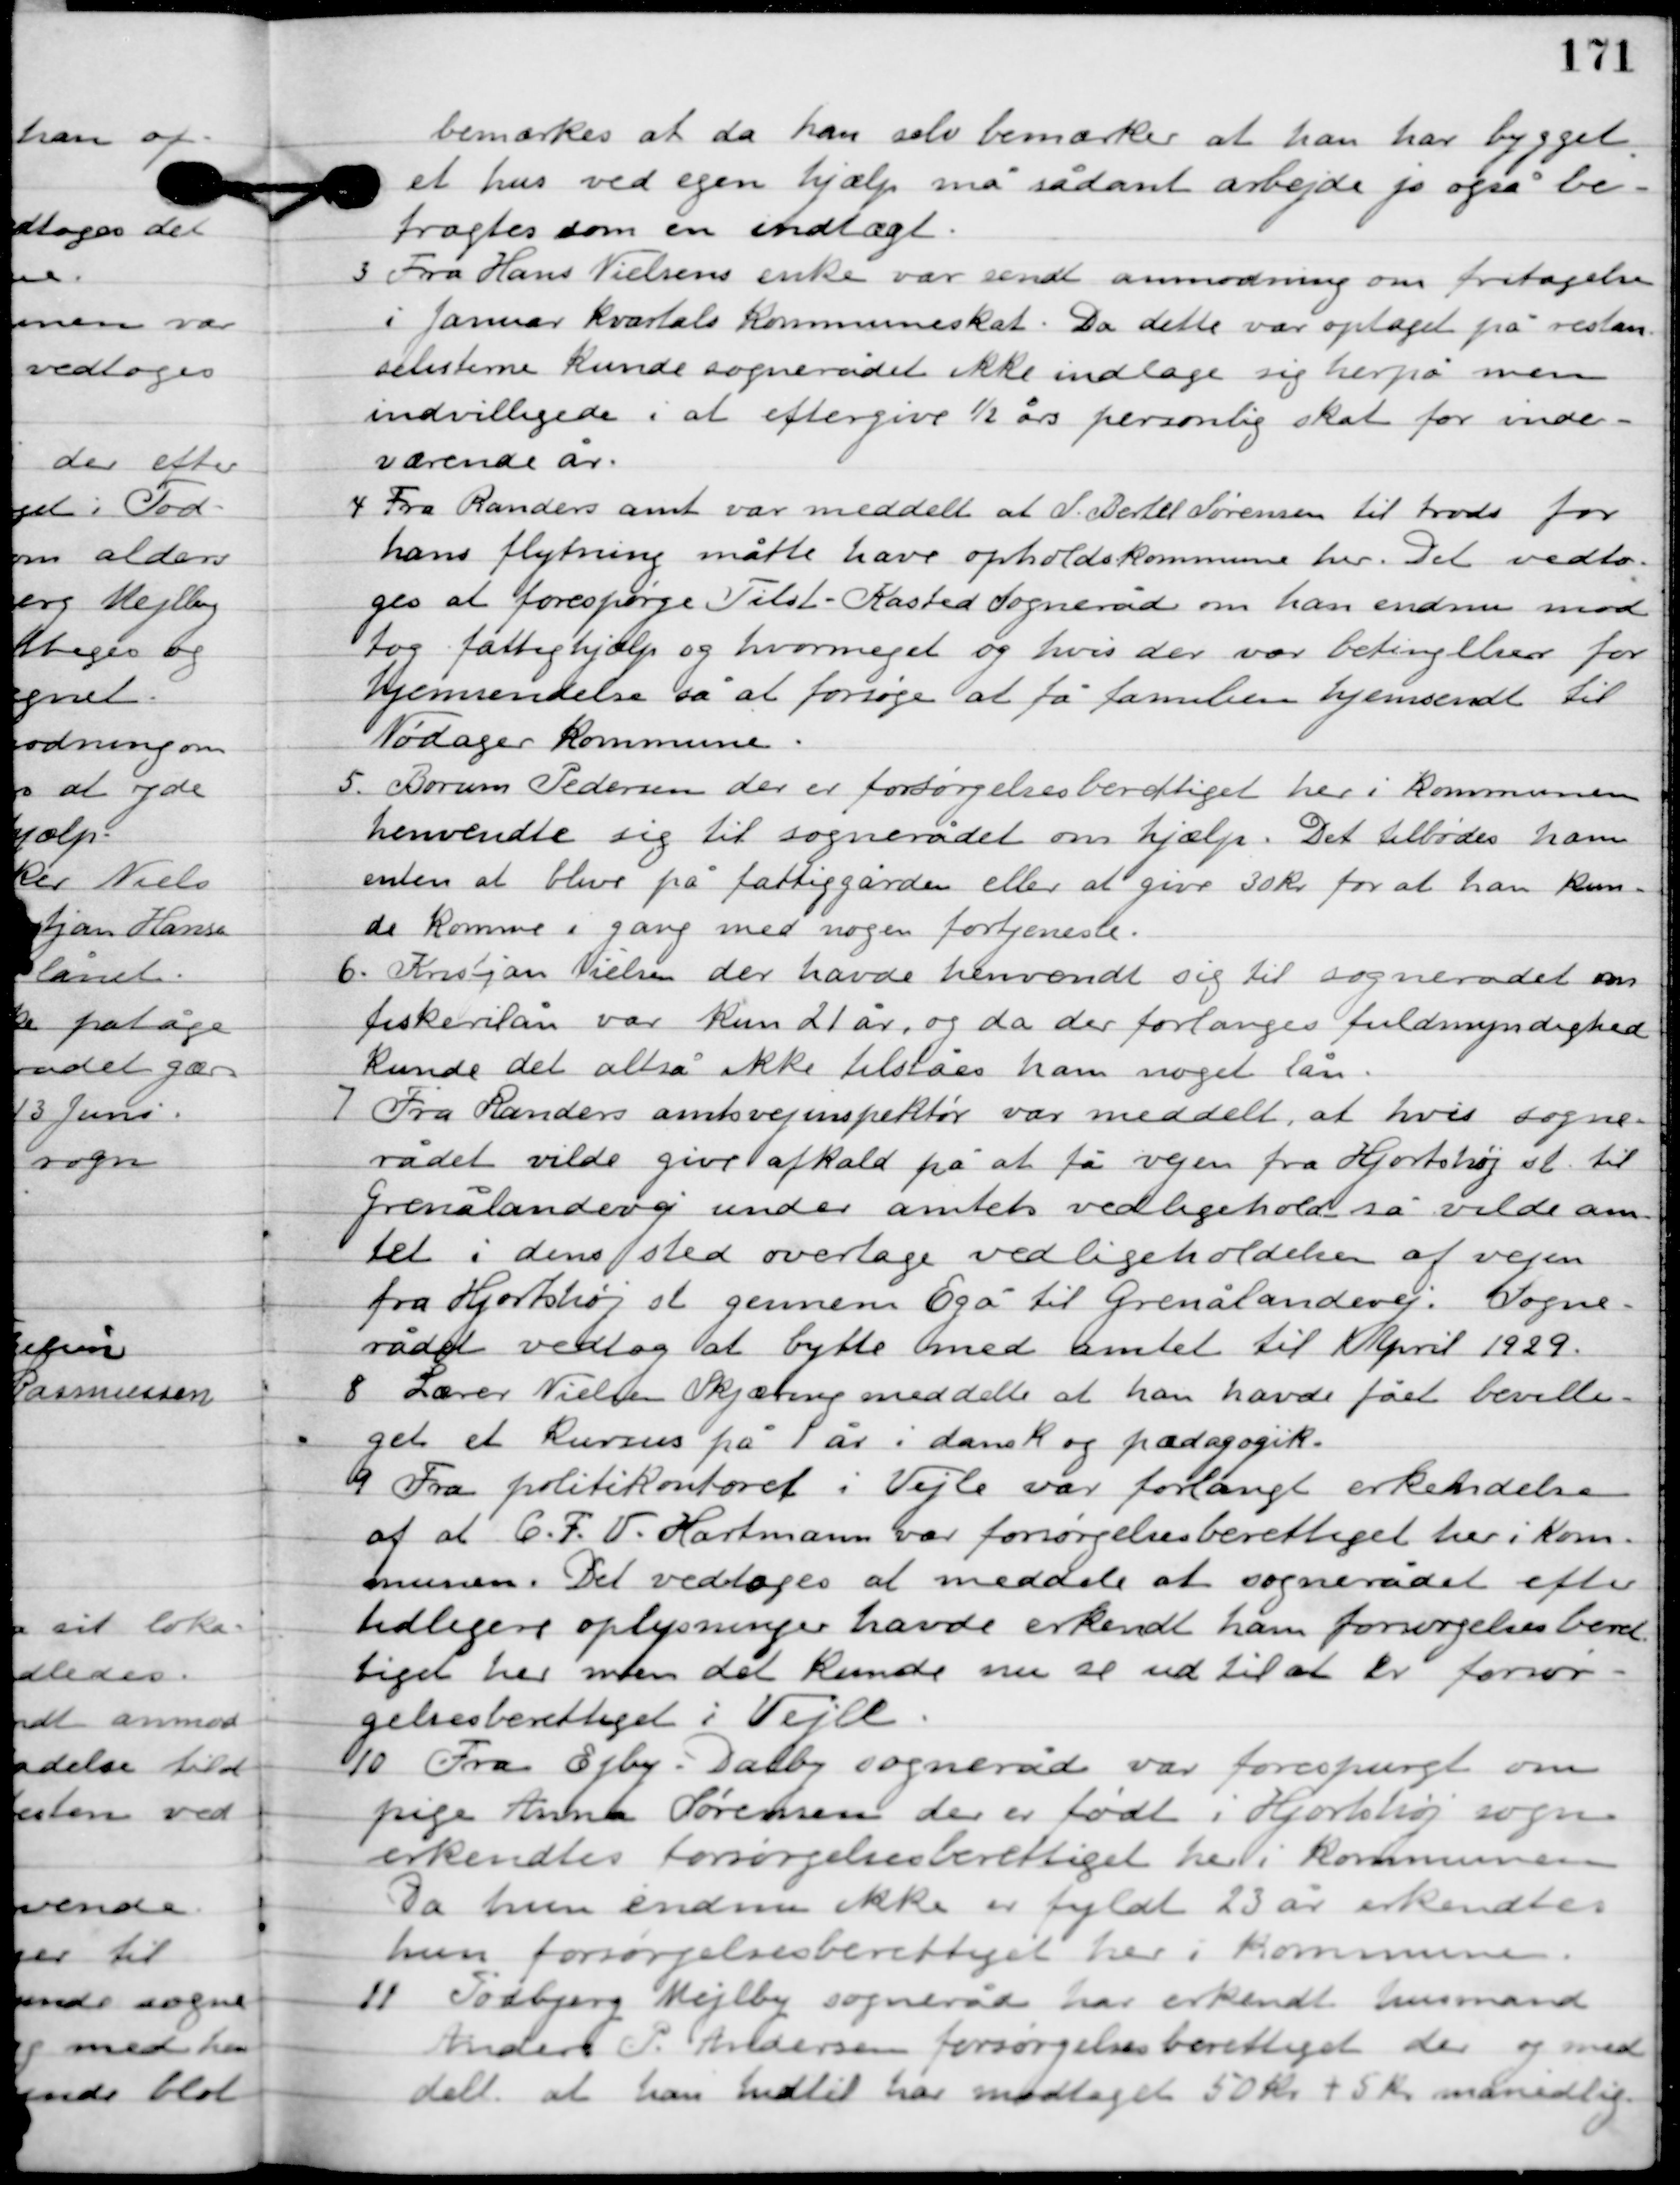
Transskription:
Bemærkes at da han selv bemærker at han har bygget
et hus ved egen hjælp må sådant arbejde jo også be-
tragtes som en indtægt.

1

Fra Hans Nielsens enke var sendt anmodning om fritagelsen 
i Januar kvartals kommuneskat. Da dette var optaget på restan
selisterne kunde sognerådet ikke indlade sig herpå men 
indvilligede i at eftergive ½ års personlig skat for inde-
værende år.

2

Fra Randers amt var meddelt at S. Bertel Sørensen til trods for
hans flytning måtte have opholdskommune her. Det vedto-
ges at forespørge Tilst-Kasted sogneråd om han endnu mod-
tog fattighjælp og hvor meget og hvis der var betingelser for
hjemsendelse så at forsøge at få familien hjemsendt til
Nødager Kommune.

3

Borum Pedersen der er forsørgelsesberettiget her i kommunen
henvendte sig til sognerådet om hjælp. Det tilstodes ham
enten at blive på fattiggården eller at give 30 kr. for at han kun-
de komme i gang med nogen fortjeneste.

4

Kristjan Nielsen der havde henvendt sig til sognerådet om
fiskerilån var kun 21 år, og da der forlanges fuldmyndighed
kunde det altså ikke tilståes ham noget lån.

5

Fra Randers amtsvejinspektør var meddelt, at hvis sogne-
rådet vilde give afkald på at få vejen fra Hjortshøj st. til
Grenålandevej under amtets vedligeholdes så vilde am-
tet i dens sted overtage vedligeholdelsen af vejen
fra Hjortshøj st. gennem Egå til Grenålandevej; Sogne-
rådet vedtog at bytte med amtet til April 1929.

6

Lærer Nielsen Skjæring meddelte at han havde fået bevilli-
get et kursus på 1 år i dansk og pædagogik.

7

Fra politikontoret i Vejle var forlangt erkendelse
af at C.F.V. Hartmann var forsørgelsesberettiget her i kom-
munen. Det vedtoges at meddele at sognerådet efter
tidligere oplysninger havde erkendt ham forsørgelsesberet-
tiget her men det kunde nu se ud til at er forsør-
gelsesberettiget i Vejle.

8

Fra Ejby i Dalby sogneråd var forespurgt om
pige Anna Sørensen der er født i Hjortshøj sogn
erkendtes forsørgelsesberettiget her i kommunen.
Da hun endnu ikke er fyldt 23 år erkendtes
hun forsørgelsesberettiget her i kommunen.

9

Todbjerg Mejlby sogneråd har erkendt husmand
Anders P. Andersen forsørgelsesberettiget der og med-
delt at han indtil har modtaget 50 kr. + 5 kr. månedlig.